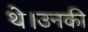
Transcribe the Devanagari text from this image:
थे।उनकी